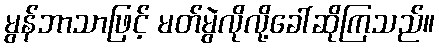
မွန်ဘာသာဖြင့် မတ်မွဲလိုလို့ခေါ်ဆိုကြသည်။